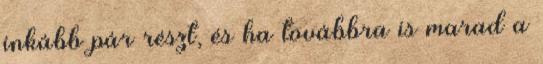
inkább pár részt, és ha továbbra is marad a